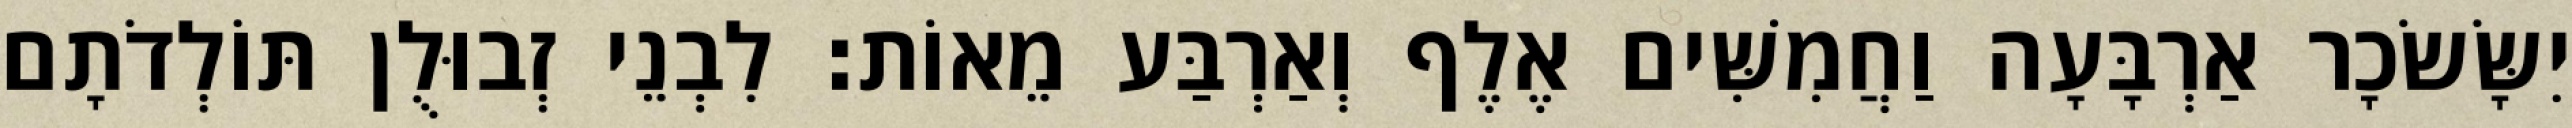
יִשָּׂשׂכָר אַרְבָּעָה וַחֲמִשִּׁים אֶלֶף וְאַרְבַּע מֵאוֹת׃ לִבְנֵי זְבוּלֻן תּוֹלְדֹתָם